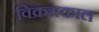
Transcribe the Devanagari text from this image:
विक्रमकाल